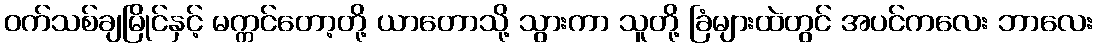
ဝက်သစ်ချမြိုင်နှင့် မက္ကင်တော့တို့ ယာတောသို့ သွားကာ သူတို့ ခြံများထဲတွင် အပင်ကလေး ဘာလေး